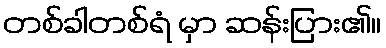
တစ်ခါတစ်ရံ မှာ ဆန်းပြား၏။